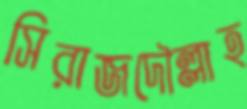
সিরাজদৌল্লাহ